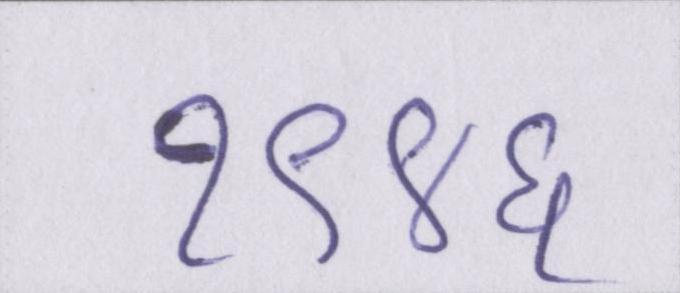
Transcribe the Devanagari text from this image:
१९४६